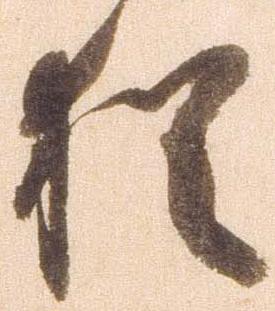
猶